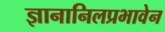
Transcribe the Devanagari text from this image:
ज्ञानानिलप्रभावेन